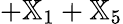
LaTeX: +{\mathbb X}_{1}+{\mathbb X}_{5}